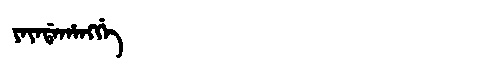
Manchu: ᠶᠠᠶᠠᡩᠠᡥᠠᠩᡤᡝ
Romanization: YAYADAHANGGE